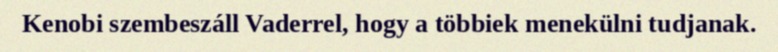
Kenobi szembeszáll Vaderrel, hogy a többiek menekülni tudjanak.